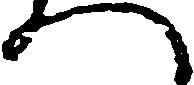
へ